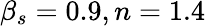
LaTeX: \beta_{s}=0.9,n=1.4